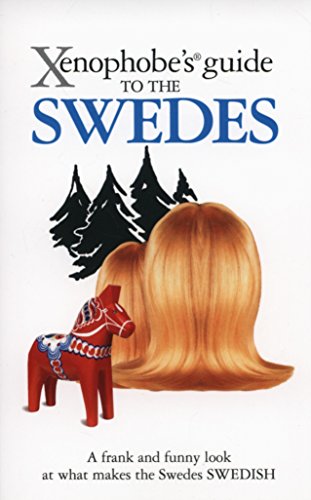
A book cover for Xenophobe's Guide to the Swedes; Peter Berlin; Travel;